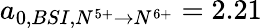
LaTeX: a_{0,BSI,N^{5+}\rightarrow N^{6+}}=2.21